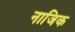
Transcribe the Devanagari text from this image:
नाजिक